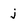
Character: j